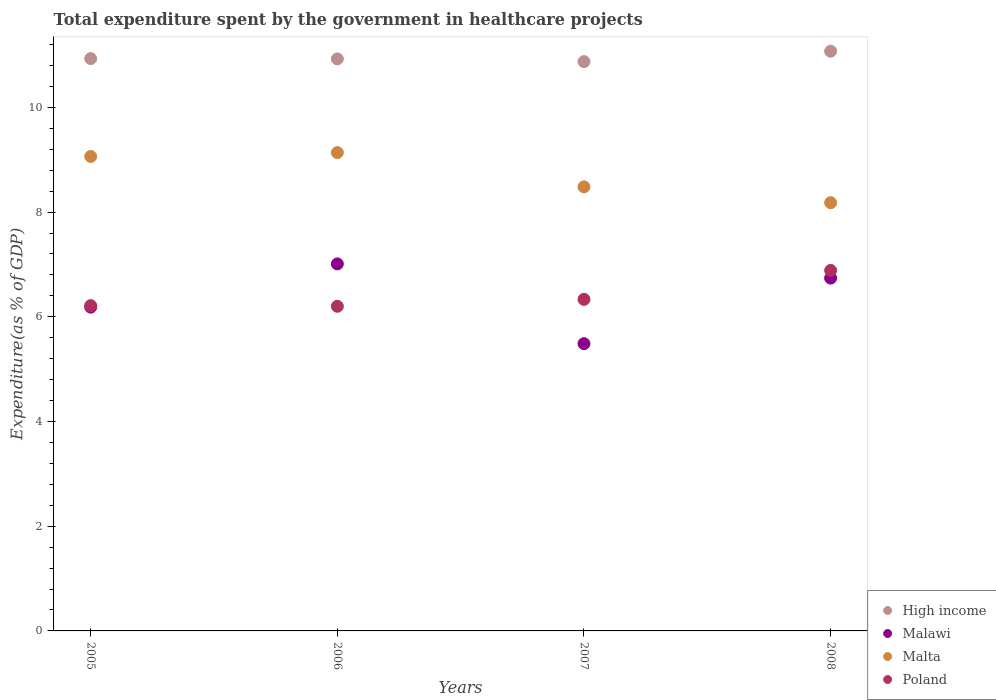
| Years | High income | Malawi | Malta | Poland |
 | --- | --- | --- | --- | --- |
 | 2005 | 10.9 | 6.18 | 9.06 | 6.21 |
 | 2006 | 10.9 | 7.01 | 9.14 | 6.2 |
 | 2007 | 10.9 | 5.49 | 8.48 | 6.33 |
 | 2008 | 11.1 | 6.74 | 8.18 | 6.89 |